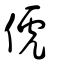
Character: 俿